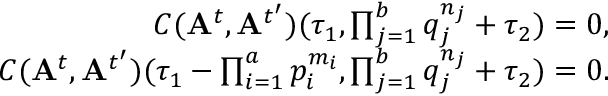
\begin{array} { r } { C ( \mathbf { A } ^ { t } , \mathbf { A } ^ { t ^ { \prime } } ) ( \tau _ { 1 } , \prod _ { j = 1 } ^ { b } q _ { j } ^ { n _ { j } } + \tau _ { 2 } ) = 0 , } \\ { C ( \mathbf { A } ^ { t } , \mathbf { A } ^ { t ^ { \prime } } ) ( \tau _ { 1 } - \prod _ { i = 1 } ^ { a } p _ { i } ^ { m _ { i } } , \prod _ { j = 1 } ^ { b } q _ { j } ^ { n _ { j } } + \tau _ { 2 } ) = 0 . } \end{array}